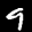
Label: 9